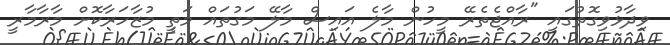
ވިދާޅުވިގޮތުގައި "ރާއްޖެތެރޭ މީހުން މާލެ އައިސް މާލޭ މަގުތައް މަތީ މުޒާހަރާކޮށް މާރާމާރީ